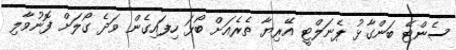
ސެންޓޭ ބަންގާޅު ޕެނަލްޓީ އޭރިޔާ ތެރެއަށް ބޯޅަ ހިފައިގެން ވަދެ ގޯލަށް ފޮނުވާލި